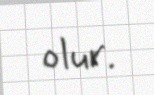
olur.